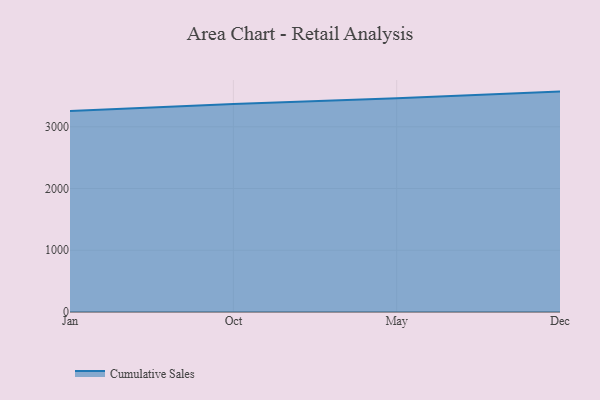
{"axis": {"x": "Month", "y": "Tickets Resolved"}, "legend": ["Cumulative Sales"], "data": [{"x": "Jan", "y": 3254.4, "type": "Cumulative Sales"}, {"x": "Oct", "y": 3369.9, "type": "Cumulative Sales"}, {"x": "May", "y": 3463.8, "type": "Cumulative Sales"}, {"x": "Dec", "y": 3570.0, "type": "Cumulative Sales"}]}